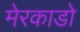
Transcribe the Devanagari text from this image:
मेरकाडो